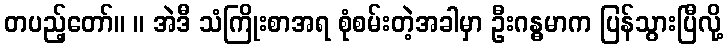
တပည့်တော်။ ။ အဲဒီ သံကြိုးစာအရ စုံစမ်းတဲ့အခါမှာ ဦးဂန္ဓမာက ပြန်သွားပြီလို့